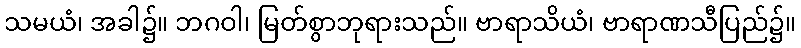
သမယံ၊ အခါ၌။ ဘဂဝါ၊ မြတ်စွာဘုရားသည်။ ဗာရာသိယံ၊ ဗာရာဏသီပြည်၌။